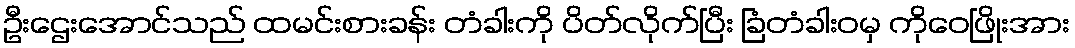
ဦးဌေးအောင်သည် ထမင်းစားခန်း တံခါးကို ပိတ်လိုက်ပြီး ခြံတံခါးဝမှ ကိုဝေဖြိုးအား